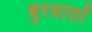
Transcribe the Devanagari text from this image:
बुरयातों